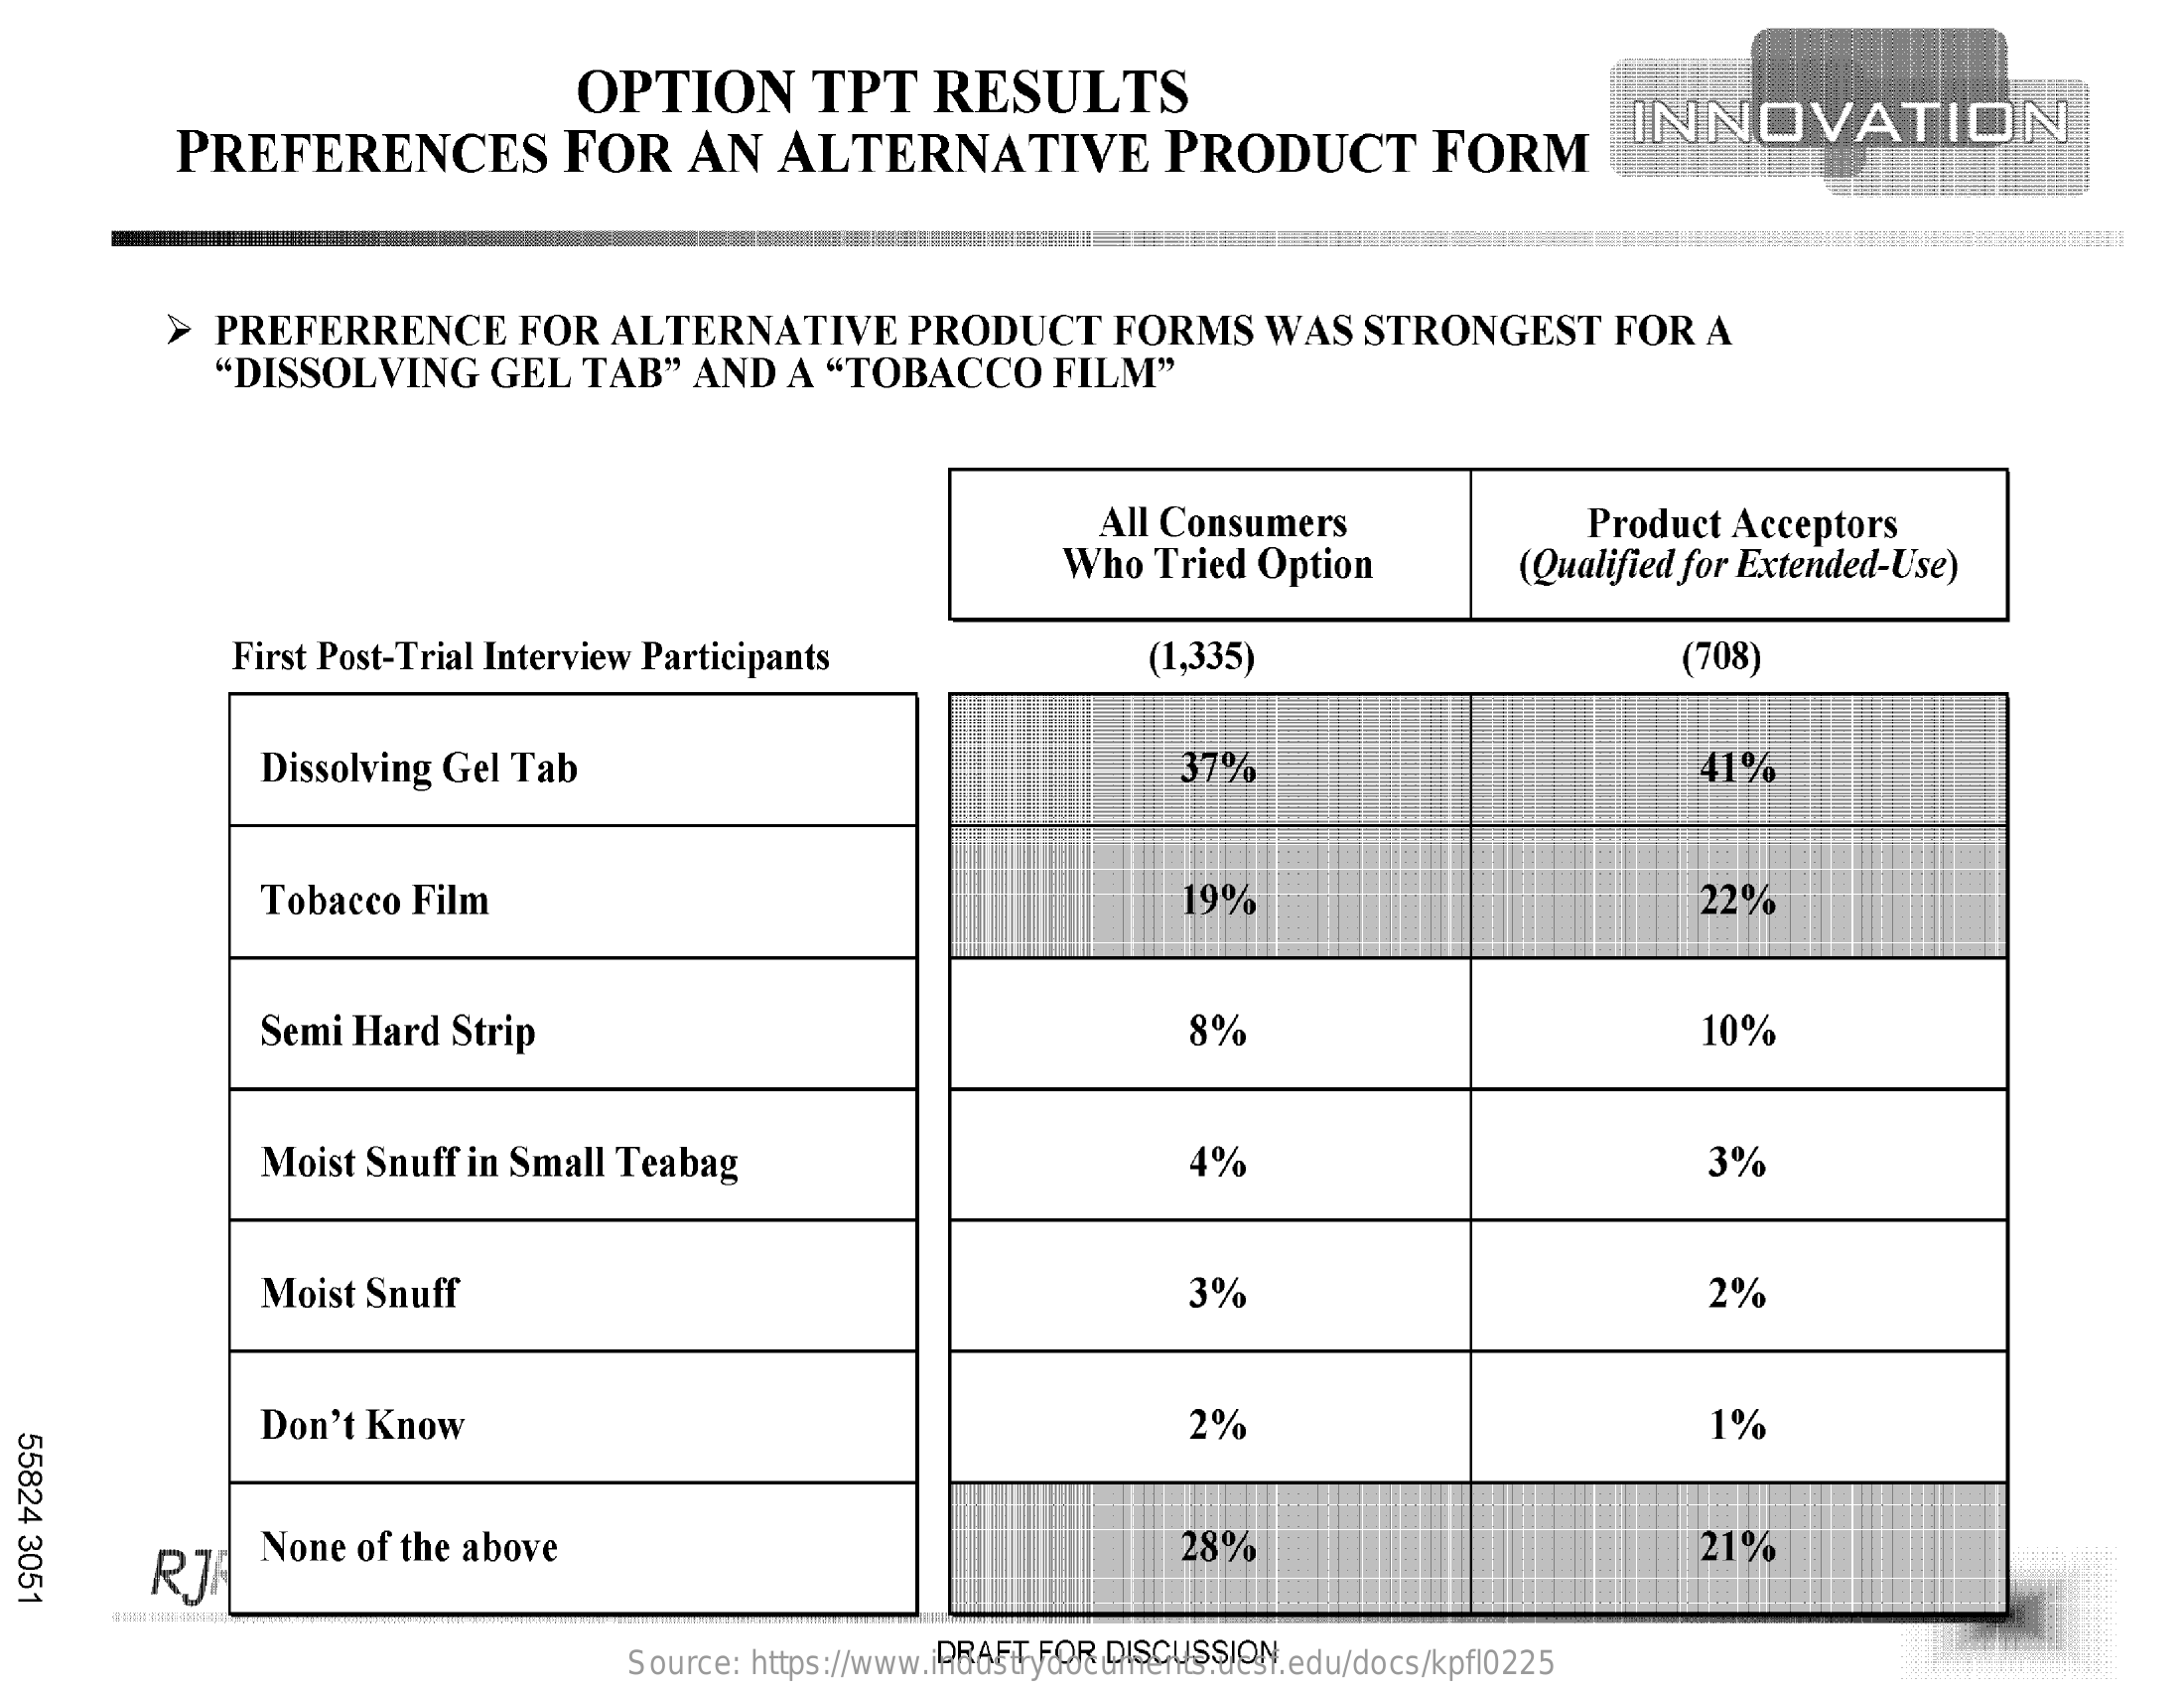
OPTION    TPT    RESULTS
     PREFERENCES    FOR    AN    ALTERNATIVE    PRODUCT    FORM
     INNOVATION
     >   PREFERRENCE    FOR    ALTERNATIVE    PRODUCT    FORMS    WAS    STRONGEST    FOR    A
     "DISSOLVING    GEL    TAB"    AND    A   "TOBACCO    FILM"
     All Consumers    Product    Acceptors
     Who    Tried   Option    (Qualified   for Extended-Use)
     First  Post-Trial    Interview    Participants    (1,335)    (708)
     Dissolving    Gel   Tab    37%    41%
     Tobacco    Film    19%    22%
     Semi   Hard    Strip    8%    10%
     Moist   Snuff    in Small    Teabag    4%    3%
     Moist   Snuff    3%    2%
     Don't   Know    2%    1%
  55824
  3051    RJ
     None    of the  above    28%    21%
     DRAFT   FOR   DISCUSSION Source: https://www.industrydocuments.ucsf.edu/docs/kpfl0225